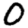
Digit: 0